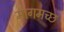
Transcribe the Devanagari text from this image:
मागमच्छ